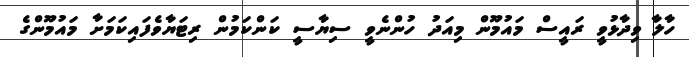
ހާލާ ވިދާޅުވީ ރައީސް މައުމޫން މިއަދު ހުންނެވީ ސިޔާސީ ކަންކަމުން ރިޓަޔާވެފައިކަމަށާ މައުމޫންގެ